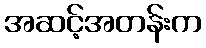
အဆင့်အတန်းက